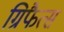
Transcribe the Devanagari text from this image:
ग्रिफैत्स